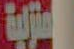
المنزلية